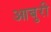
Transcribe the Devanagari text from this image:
आबुरी